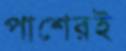
পাশেরই